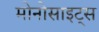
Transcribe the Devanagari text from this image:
मोनोसाइट्स